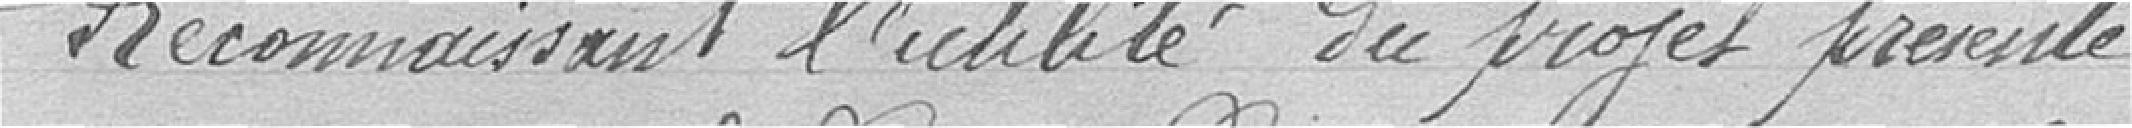
Reconnaissant l'utilité du projet présenté,